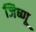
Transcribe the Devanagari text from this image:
जिष्णू